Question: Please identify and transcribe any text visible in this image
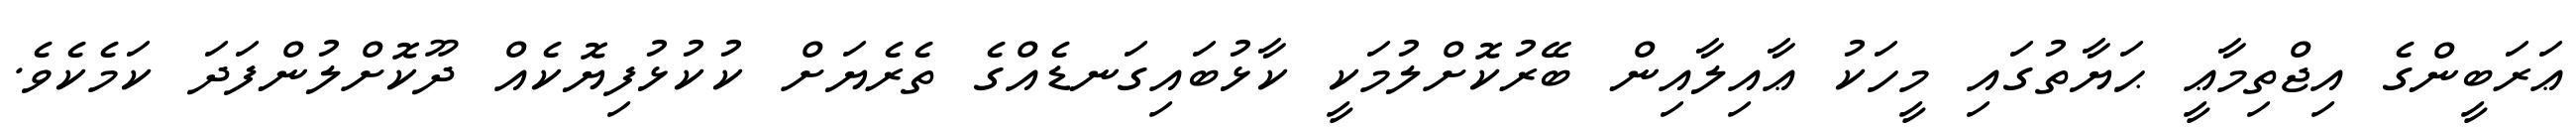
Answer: ޢަރަބީންގެ އިޖްތިމާޢީ ޙަޔާތުގައި މީހަކު ޢާއިލާއިން ބޭރުކޮށްލުމަކީ ކާޅުބައިގަނޑެއްގެ ތެރެޔަށް ކުކުޅުފިޔޮކެއް ދޫކޮށްލުންފަދަ ކަމެކެވެ.